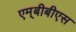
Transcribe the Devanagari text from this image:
एम्‌बीबीएस